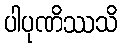
ပါပုဏိဿသိ